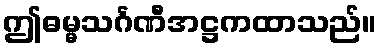
ဤဓမ္မသင်္ဂဏီအဋ္ဌကထာသည်။